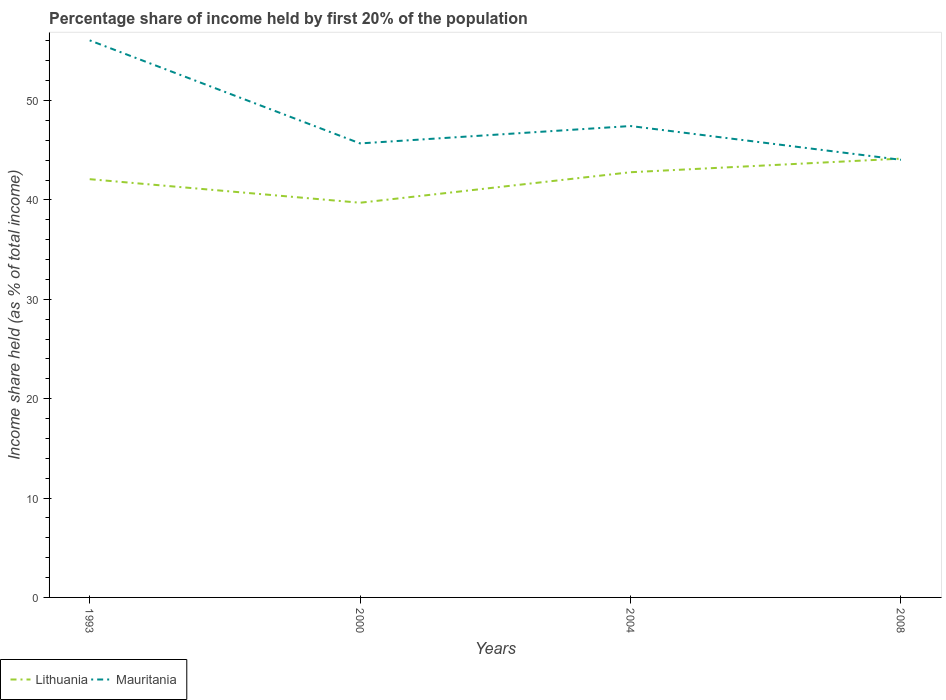
| Years | Lithuania | Mauritania |
 | --- | --- | --- |
 | 1993 | 42.1 | 56.1 |
 | 2000 | 39.7 | 45.7 |
 | 2004 | 42.8 | 47.4 |
 | 2008 | 44.2 | 44 |